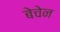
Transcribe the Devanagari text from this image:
बेचेन